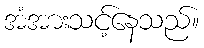
အံအားသင့်နေသည်။